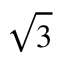
\sqrt { 3 }